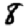
Digit: 8